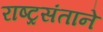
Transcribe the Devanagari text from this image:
राष्ट्रसंताने